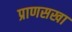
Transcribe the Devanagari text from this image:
प्राणसखा